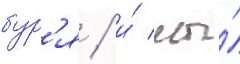
бур'я / и́ мы́